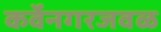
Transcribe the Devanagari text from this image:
कर्वेनगरजवळ